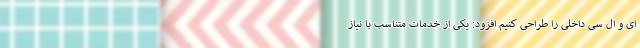
ای و ال سی داخلی را طراحی کنیم افزود: یکی از خدمات متناسب با نیاز